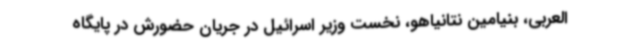
العربی، بنیامین نتانیاهو،‌ نخست وزیر اسرائیل در جریان حضورش در پایگاه